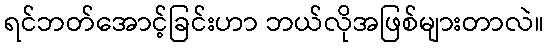
ရင်ဘတ်အောင့်ခြင်းဟာ ဘယ်လိုအဖြစ်များတာလဲ။